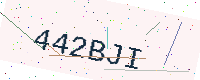
Text: 442BJI